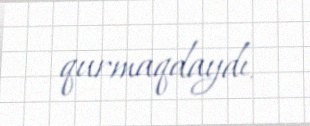
qurmaqdaydı.